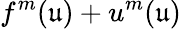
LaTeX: f^{m}(\mathfrak{u})+u^{m}(\mathfrak{u})